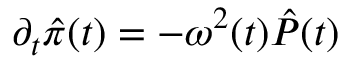
\partial _ { t } \hat { \pi } ( t ) = - \omega ^ { 2 } ( t ) \hat { P } ( t )